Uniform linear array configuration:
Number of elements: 16
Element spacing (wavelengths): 1
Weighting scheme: kaiser
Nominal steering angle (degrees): -60
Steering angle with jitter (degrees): -59.771
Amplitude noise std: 0.05
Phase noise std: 0.05

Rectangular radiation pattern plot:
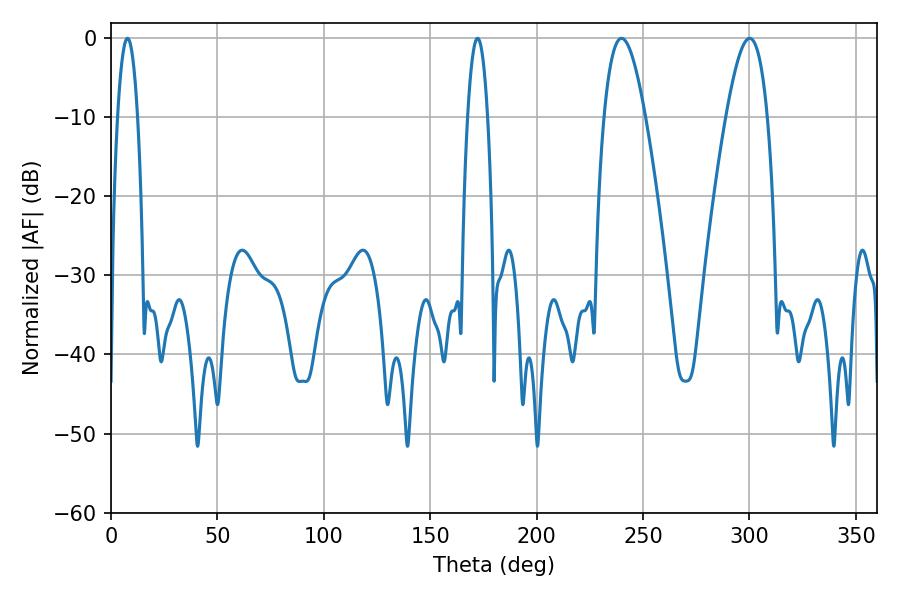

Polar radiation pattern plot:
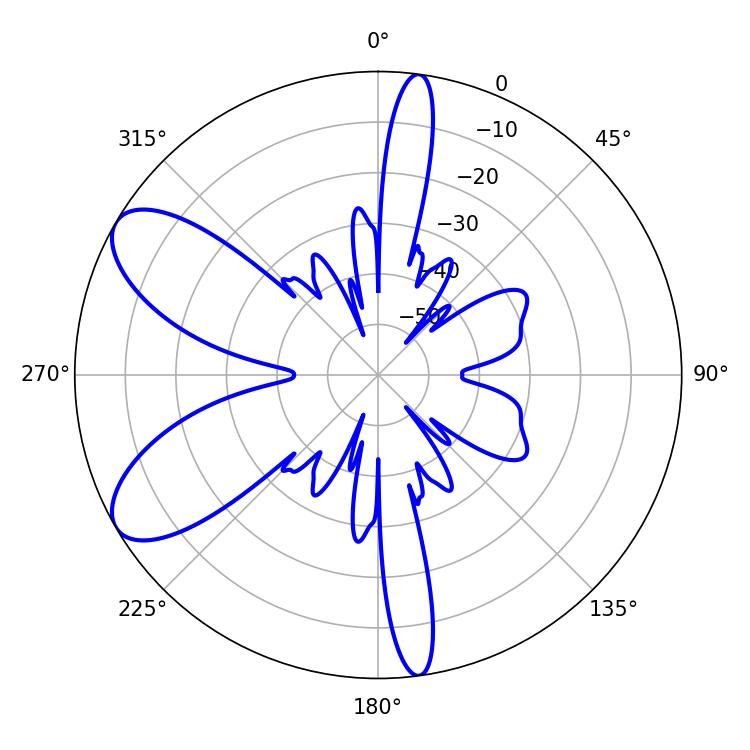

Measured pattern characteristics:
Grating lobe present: TRUE
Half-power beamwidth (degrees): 5.04
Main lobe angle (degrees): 172.26